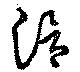
滑